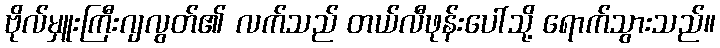
ဗိုလ်မှူးကြီးဂျလွတ်၏ လက်သည် တယ်လီဖုန်းပေါ်သို့ ရောက်သွားသည်။